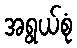
အရွယ်စုံ